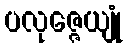
ပလုဇ္ဇေယျုံ